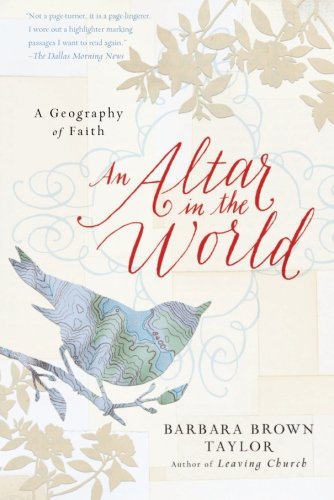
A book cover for An Altar in the World: A Geography of Faith; Barbara Brown Taylor; Biographies & Memoirs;